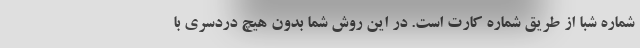
شماره شبا از طریق شماره کارت است. در این روش شما بدون هیچ دردسری با